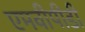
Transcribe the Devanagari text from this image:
एमवीपीडी